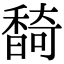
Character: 䭲